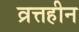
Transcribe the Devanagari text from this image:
व्रत्तहीन